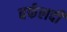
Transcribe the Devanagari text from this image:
बर्फलदी